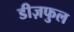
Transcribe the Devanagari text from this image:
डीज़फुल